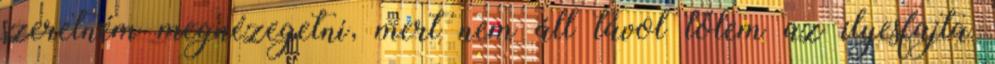
szeretném megnézegetni, mert nem áll távol tőlem az ilyesfajta